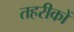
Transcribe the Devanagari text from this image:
तहरीकों